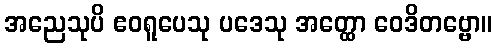
အညေသုပိ ဧဝရူပေသု ပဒေသု အတ္ထော ဝေဒိတဗ္ဗော။